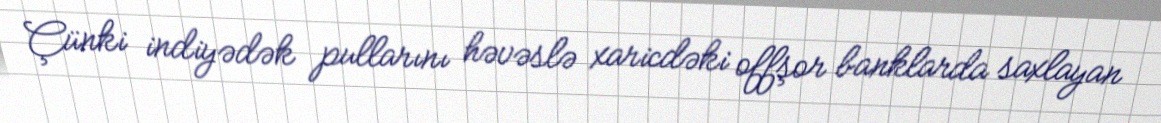
Çünki indiyədək pullarını həvəslə xaricdəki offşor banklarda saxlayan